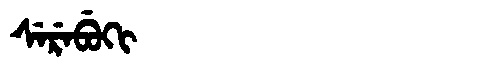
Manchu: ᠰᡝᡵᡝᠪᡠᡴᡳ
Romanization: SEREBUKI